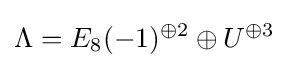
\Lambda =E_{8}(-1)^{\oplus 2}\oplus U^{\oplus 3}